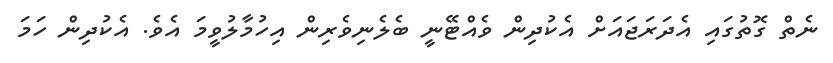
ނެތް ގޮތުގައި އެދަރަޖައަށް އެކުދިން ވެއްޓޭނީ ބެލެނިވެރިން އިހުމާލުވީމަ އެވެ. އެކުދިން ހަމަ